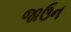
જાઉન